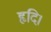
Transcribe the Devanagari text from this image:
हृदि।